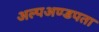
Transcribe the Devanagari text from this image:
अल्पअण्डपता